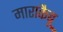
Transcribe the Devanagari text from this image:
माराकैबू